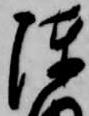
陣